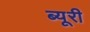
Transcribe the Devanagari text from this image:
ब्यूरी